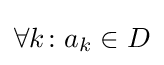
\forall k\colon a_{k}\in D